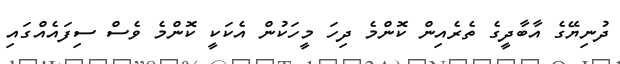
ދުނިޔޭގެ އާބާދީގެ ތެރެއިން ކޮންމެ ދިހަ މީހަކުން އެކަކީ ކޮންމެ ވެސް ސިފައެއްގައި